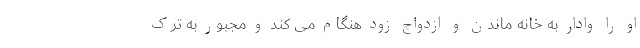
او را وادار به خانه ماندن و ازدواج زود هنگام می کند و مجبور به ترک